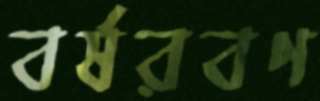
বর্ষরবণ